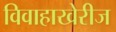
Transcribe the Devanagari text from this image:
विवाहाखेरीज